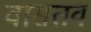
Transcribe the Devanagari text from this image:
वासतव